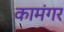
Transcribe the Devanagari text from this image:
कामंगर